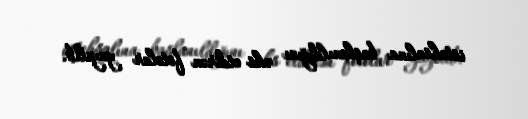
istehsalına başlanıldığını əks etdirən fotolar yayılıb.